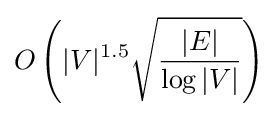
O\left(|V|^{1.5}{\sqrt {\frac {|E|}{\log |V|}}}\right)